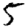
Digit: 5